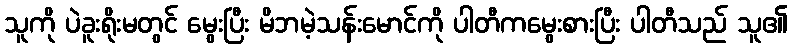
သူကို ပဲခူးရိုးမတွင် မွေးပြီး မိဘမဲ့သန်းမောင်ကို ပါတီကမွေးစားပြီး ပါတီသည် သူ၏